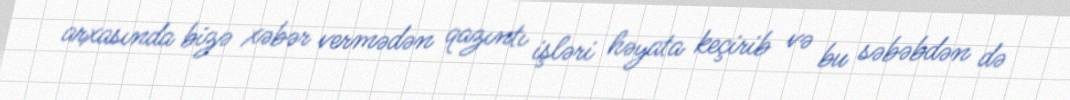
arxasında bizə xəbər vermədən qazıntı işləri həyata keçirib və bu səbəbdən də